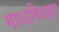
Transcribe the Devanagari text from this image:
माध्यमिकहृय